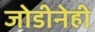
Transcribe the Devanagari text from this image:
जोडीनेही